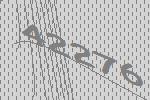
42276